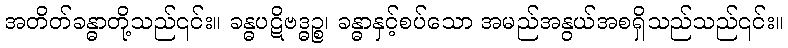
အတိတ်ခန္ဓာတို့သည်၎င်း။ ခန္ဓပဋိဗဒ္ဓဉ္စ၊ ခန္ဓာနှင့်စပ်သော အမည်အနွယ်အစရှိသည်သည်၎င်း။